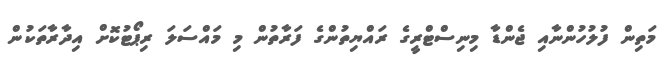
މަތިން ފުލުހުންނާއި ޖެންޑާ މިނިސްޓްރީގެ ރައްޔިތުންގެ ފަރާތުން މި މައްސަލަ ރިޕޯޓުކޮށް އިދާރާތަކުން